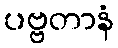
ပဗ္ဗတာနံ